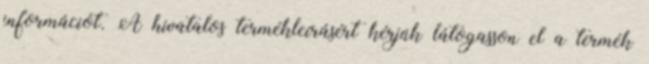
információt. A hivatalos termékleírásért kérjük látogasson el a termék